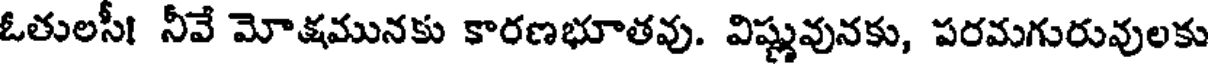
ఓతులసీ! నీవే మోక్షమునకు కారణభూతవు. విష్ణువునకు, పరమగురువులకు